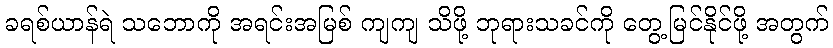
ခရစ်ယာန်ရဲ သဘောကို အရင်းအမြစ် ကျကျ သိဖို့ ဘုရားသခင်ကို တွေ့မြင်နိုင်ဖို့ အတွက်